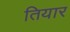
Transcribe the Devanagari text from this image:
तियार